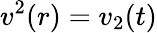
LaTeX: v^{2}(r)=v_{2}(t)